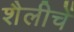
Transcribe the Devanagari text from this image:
शैलीचें